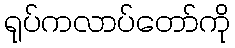
ရုပ်ကလာပ်တော်ကို